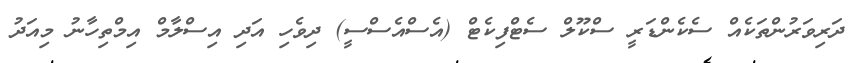
ދަރިވަރުންތަކެއް ސެކެންޑަރީ ސްކޫލް ސެޓްފިކެޓް (އެސްއެސްސީ) ދިވެހި އަދި އިސްލާމް އިމްތިހާނު މިއަދު